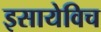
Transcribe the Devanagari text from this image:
इसायेविच